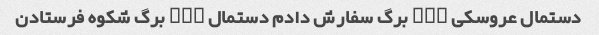
دستمال عروسکی ۲۰۰ برگ سفارش دادم دستمال ۱۰۰ برگ شکوه فرستادن